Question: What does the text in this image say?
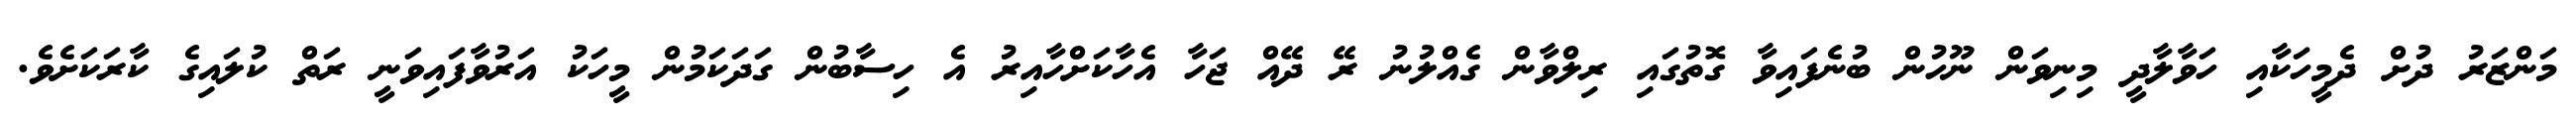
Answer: މަންޒަރު ދުށް ދެމީހަކާއި ހަވާލާދީ މިނިވަން ނޫހުން ބުނެފައިވާ ގޮތުގައި ރިލްވާން ގެއްލުނު ރޭ ދޭއް ޖަހާ އެހާކަށްހާއިރު އެ ހިސާބުން ގަދަކަމުން މީހަކު އަރުވާފައިވަނީ ރަތް ކުލައިގެ ކާރަކަށެވެ.